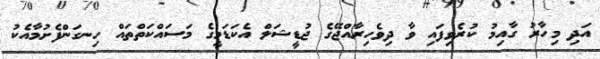
އަދި މިހާރު ގާއިމު ކުރެވިފައި ވާ ދިވެހިރާއްޖޭގެ ޖުޑީޝަލް އެކަޑަމީގެ މަސައްކަތްތައް ހިނގަންފެށުމާއެކު